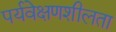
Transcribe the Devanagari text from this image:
पर्यवेक्षणशीलता